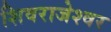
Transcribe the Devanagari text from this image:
शिवराजेश्वर